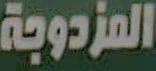
المزدوجة